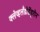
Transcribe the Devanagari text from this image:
क्लेव्हलँडोडेंड्रोन